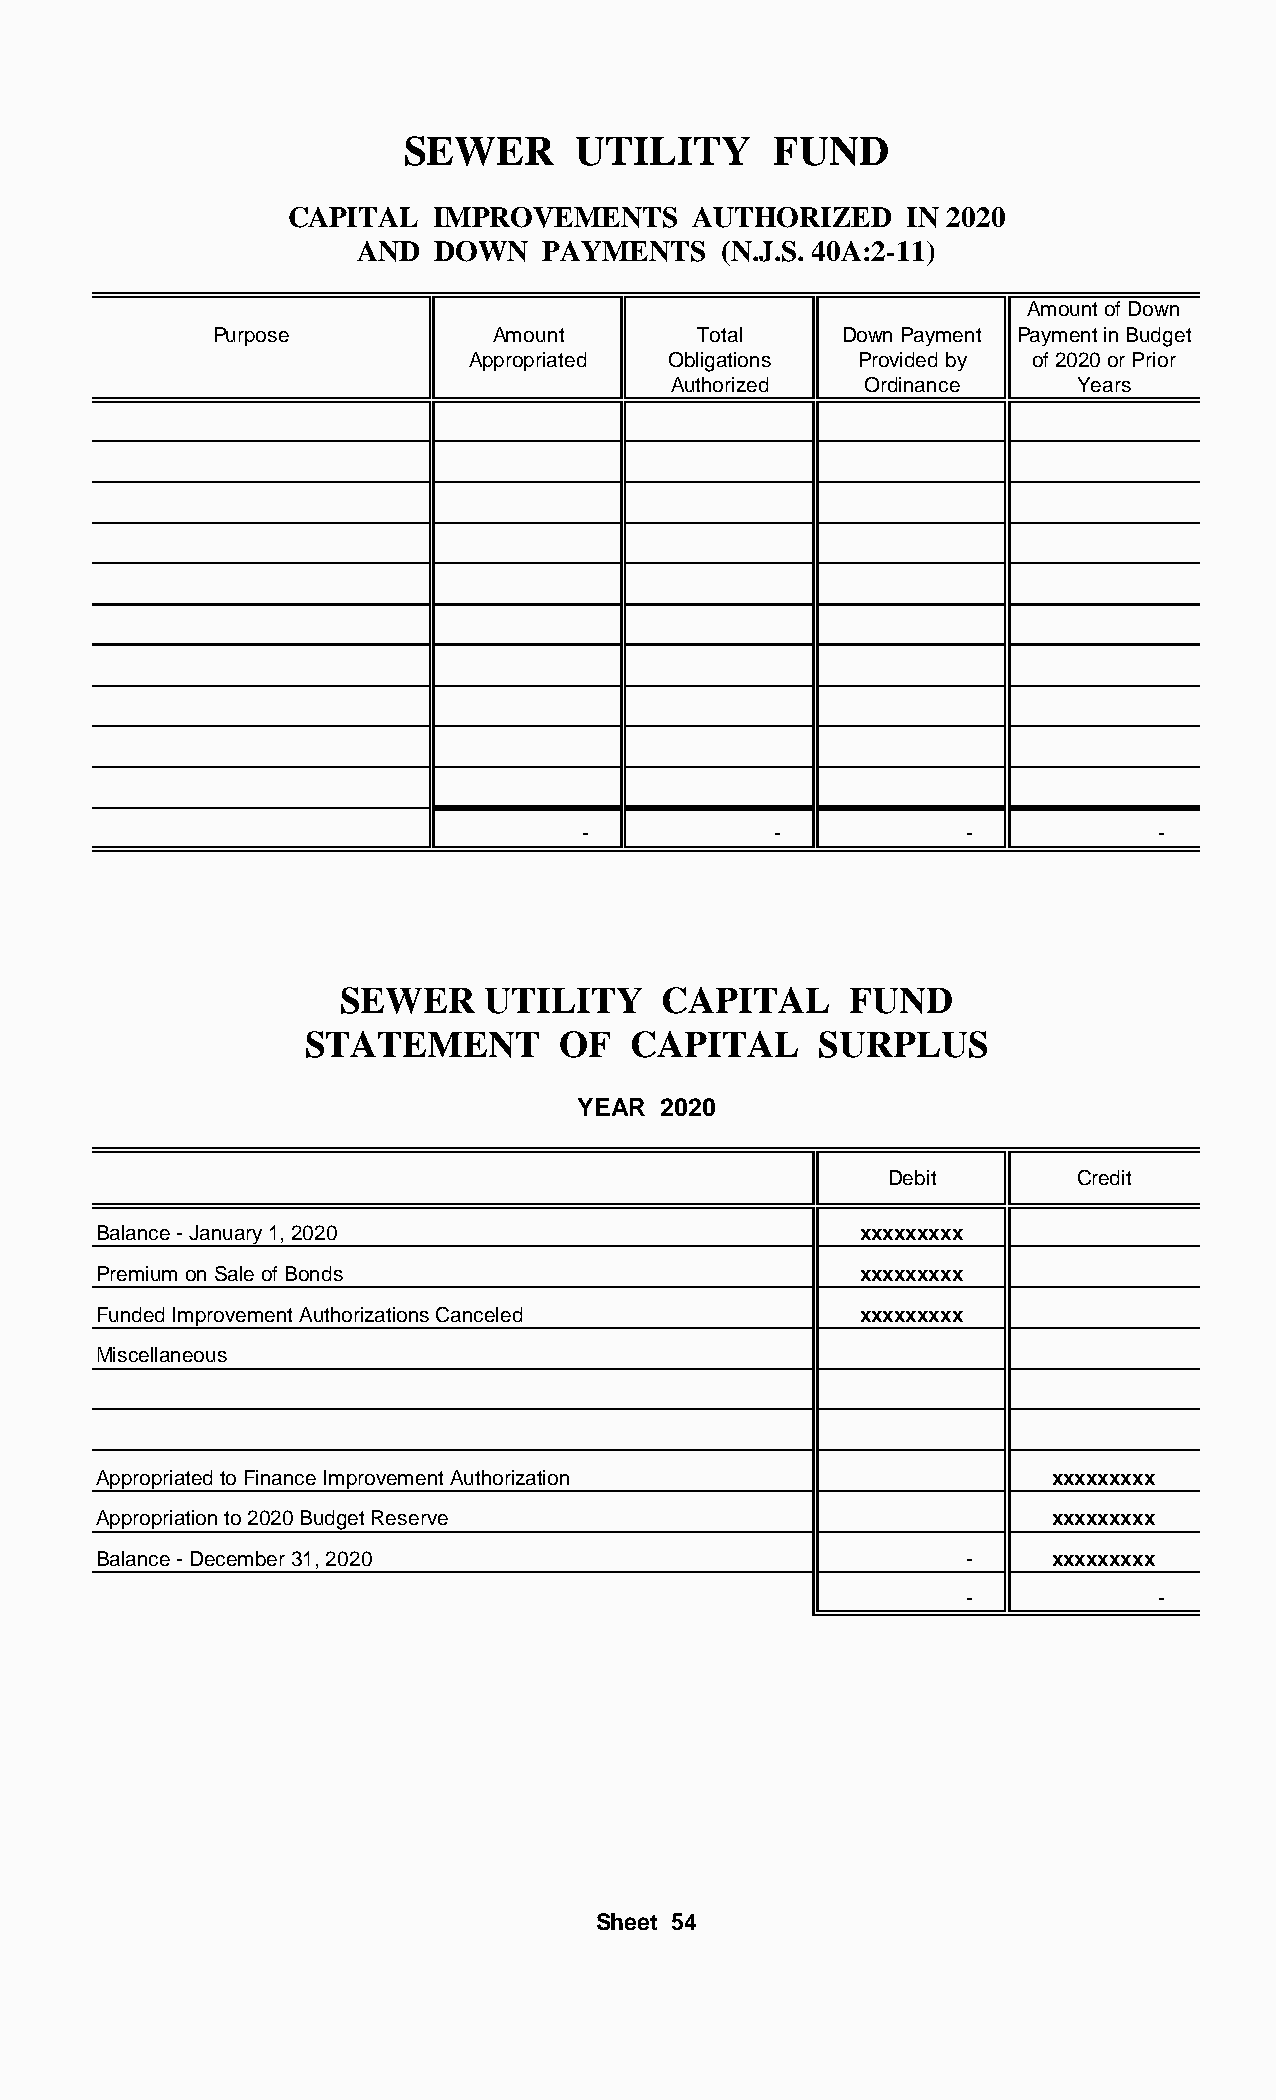
SEWER       UTILITY      FUND
 CAPITAL  IMPROVEMENTS     AUTHORIZED     IN 2020
 AND  DOWN    PAYMENTS   (N.J.S. 40A:2-11)
 Amount of Down
 Purpose           Amount        Total    Down Payment Payment in Budget
 Appropriated Obligations Provided by of 2020 or Prior
 Authorized   Ordinance     Years
 -            -            -           -
 SEWER     UTILITY    CAPITAL      FUND
 STATEMENT        OF  CAPITAL      SURPLUS
 YEAR 2020
 Debit        Credit
 Balance - January 1, 2020                          xxxxxxxxx
 Premium on Sale of Bonds                           xxxxxxxxx
 Funded Improvement Authorizations Canceled         xxxxxxxxx
 Miscellaneous
 Appropriated to Finance Improvement Authorization              xxxxxxxxx
 Appropriation to 2020 Budget Reserve                           xxxxxxxxx
 Balance - December 31, 2020                               -    xxxxxxxxx
 -           -
 Sheet 54